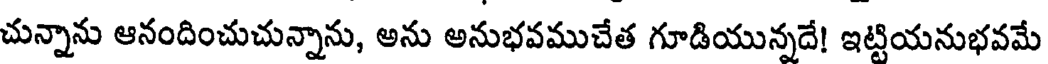
చున్నాను ఆనందించుచున్నాను, అను అనుభవముచేత గూడియున్నదే! ఇట్టియనుభవమే